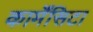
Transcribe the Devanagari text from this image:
कार्मेंसिटा